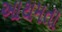
આથમતા